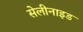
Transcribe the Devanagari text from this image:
सेलीनाइड